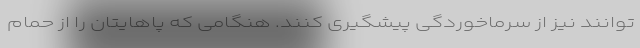
توانند نیز از سرماخوردگی پیشگیری کنند. هنگامی که پاهایتان را از حمام